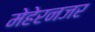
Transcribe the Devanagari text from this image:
मेहेरनजर